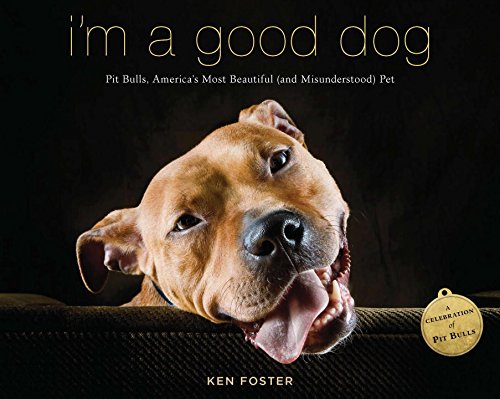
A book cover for I'm a Good Dog: Pit Bulls, AmericaEEs Most Beautiful (and Misunderstood) Pet; Ken Foster; Crafts, Hobbies & Home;